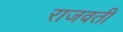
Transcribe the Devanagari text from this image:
राजवती